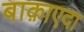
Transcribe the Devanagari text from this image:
बाक़ाएदा